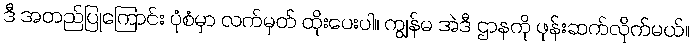
ဒီ အတည်ပြုကြောင်း ပုံစံမှာ လက်မှတ် ထိုးပေးပါ။ ကျွန်မ အဲဒီ ဌာနကို ဖုန်းဆက်လိုက်မယ်။